Report on vaccination in the Province of Bengal - 1874-1889
Year: 1874
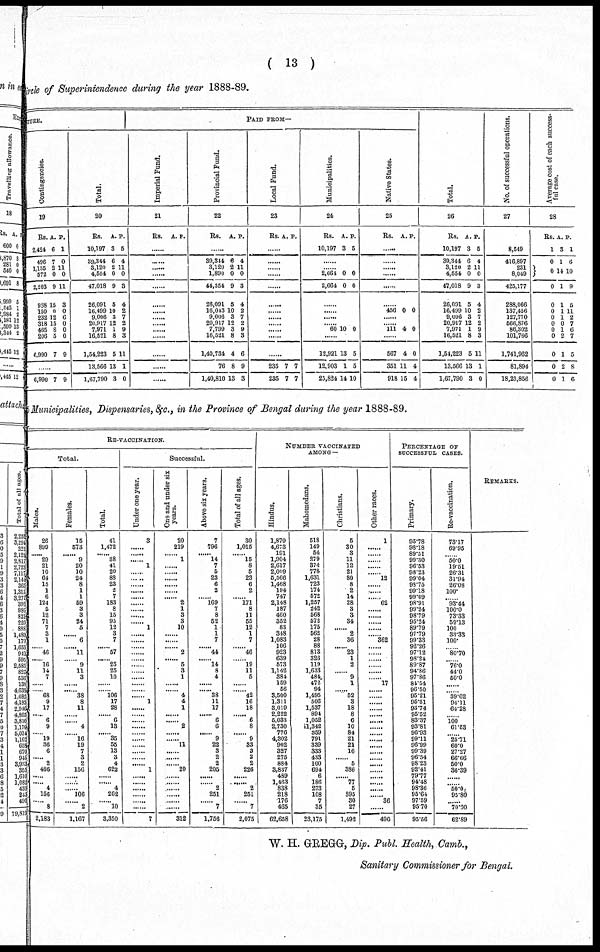
( 13 )
circle of Superintendence during the year 1888-89.
TURE.
Contingencies.
19
Rs.
2,424
496
1,135
572
2,203
988
150
232
318
465
206
6,990
A.
6
7
2
0
9
15
0
12
15
8
5
7
P.
1
0
11
0
11
3
0
6
0
0
0
9
......
6,990 7 9
Total.
20
Rs.
10,197
39,344
3,120
4,554
47,018
26,091
16,499
9,006
20,917
7,971
16,521
1,54,223
13,566
1,67,790
A.
3
6
2
0
9
5
10
3
12
1
8
5
13
3
P.
5
4
11
0
3
4
2
7
2
9
3
11
1
0
PAID FROM—
Imperial Fund.
21
Rs. A. P.
......
......
......
......
......
......
......
......
......
......
......
......
......
......
Provincial Fund.
22
Rs. A. P.
......
39,344
3,120
1,890
44,354
26,091
16,043
9,006
20,917
7,799
16,521
1,40,734
76
1,40,810
6
2
0
9
5
10
3
12
3
8
4
8
13
4
11
0
3
4
2
7
2
9
3
6
9
3
Local Fund.
23
Rs. A. P.
......
......
......
......
......
......
......
......
......
......
......
......
235
235
7
7
7
7
Municipalities.
24
Rs.
10,197
A.
3
P.
6
......
...... 2,664
2,664
0
0
0
0
......
......
......
...... 60 10 0
......
12,921
12,903
25,824
13
1
14
5
5
10
Native States.
25
Rs. A. P.
......
......
......
......
......
......
456 0 0
......
111 4 0
......
567
351
918
4
11
15
0
4
4
Total.
26
Rs.
10,197
39,344
3,120
4,554
47,018
26,091
16,499
9,006
20,917
7,971
16,521
1,54,223
13,566
1,67,790
A.
3
6
2
0
9
5
10
3
12
1
8
5
13
3
P.
6
4
11
0
3
4
2
7
2
9
3
11
1
0
No. of successful operations.
27
8,549
416,897
231
8,049
425,177
288,066
137,456
127,770
566,876
86,302
101,766
1,741,962
81,894
18,23,856
Average cost of each success-
ful case.
28
Rs.
1
0
0
0
0
0
0
0
0
0
0
0
0
A.
3
1
14
1
1
1
1
0
1
2
1
2
1
P.
1
6
10
9
5
11
2
7
6
7
5
8
6
Municipalities, Dispensaries, &c., in the Province of Bengal during the year 1888-89.
RE-VACCINATION.
Total.
Males.
26
899
...... 29
21
10
64
15
1
6
124
5
12
71
7
3
1
...... 46
...... 16
14
7
......
...... 68
9
17
...... 6
9
...... 19
36
6
2
466
......
...... 4
156
8
2,183
Females.
15
573
...... 9
20
10
24
8
1
1
59
3
3
24
6
...... 6
...... 11
...... 9
11
3
......
...... 38
8
11
......
...... 4
...... 16
19
7
3
2
156
......
......
...... 106
...... 2
1,167
Total.
41
1,472
...... 38
41
20
88
23
2
7
183
8
15
95
12
3
7
...... 57
...... 25
25
10
......
...... 106
17
28
...... 6
13
...... 35
55
13
3
4
622
......
...... 4
262
...... 10
3,350
Successful.
Under one year.
3
......
...... ...... 1
......
......
......
......
......
......
......
......
...... 1
......
......
...... ......
......
......
......
......
......
...... ...... 1
......
......
......
......
......
......
......
......
......
...... 1
......
......
......
......
......
...... 7
One and under six
years.
20
219
...... 1
......
......
......
......
......
...... 2
1
3
3
10
......
......
...... 2
...... 5
3
1
......
...... 4
4
1
......
2
......
...... 11
......
......
...... 20
......
......
......
......
......
......
312
Above six years.
7
796
...... 14
7
5
23
6
2
...... 169
7
8
52
1
1
7
...... 44
...... 14
8
4
......
...... 38
11
17
...... 6
6
...... 9
22
3
2
2
205
......
...... 2
251
...... 7
1,756
Total of all ages.
30
1,015
...... 15
8
5
23
6
2
...... 171
8
11
55
12
1
7
...... 46
...... 19
11
5
......
...... 42
16
18
...... 6
8
...... 9
33
3
2
2
226
......
...... 2
251
...... 7
2,075
NUMBER VACCINATED
AMONG—
Hindus.
1,879
4,673
191
1,904
2,617
2,009
5,566
1,468
194
747
2,148
187
460
352
83
348
1,083
106
923
639
573
1,142
381
159
56
3,500
1,311
3,019
2,222
5,033
2,730
776
4,302
902
327
275
884
3,837
489
1,463
838
218
176
465
62,658
Mahomedans.
518
149
54
279
374
778
1,631
723
174
572
1,257
242
568
572
175
562
28
88
813
326
119
1,633
484
472
94
1,495
506
1,537
894
1,052
1,342
359
791
339
333
433
100
694
6
186
273
108
7
35
23,175
Christians.
5
30
3
11
12
21
80
8
2
14
28
3
3
34
...... 2
36
...... 23
1
2
...... 9
1
...... 52
3
18
8
6
10
84
21
21
16
...... 5
386
...... 77
5
395
30
27
1,492
Other races.
1
......
...... ......
......
...... 12
......
......
...... 62
......
......
......
......
...... 362
...... ......
......
......
......
...... 17
...... ......
......
......
......
......
......
......
......
......
......
......
......
......
......
......
......
...... 36
......
490
PERCENTAGE OF
SUCCESSFUL CASES.
Primary.
95.78
98.18
89.51
99.30
96.53
98.23
99.04
98.75
99.18
99.09
98.91
99.24
98.79
95.24
89.79
97.79
99.33
92.26
97.12
98.24
89.87
94.86
97.86
84.54
96.50
95.21
95.51
93.74
95.52
83.37
93.81
96.93
99.11
96.99
99.39
96.54
98.23
92.41
79.77
94.48
98.36
95.64
97.59
95.70
95.56
Re-vaccination.
73.17
69.95
...... 50.0
19.51
26.31
31.94
26.08
100.
...... 93.44
100.0
73.33
59.13
100
33.33
100.
...... 80.70
...... 76.0
44.0
50.0
......
...... 39.62
94.11
64.28
...... 100
61.53
...... 25.71
60.0
27.27
66.66
50.0
36.39
......
...... 50.0
95.80
...... 70.00
62.89
REMARKS.
W. H. GREGG, Dip. Publ. Health, Camb.,
Sanitary Commissioner for Bengal.